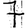
Digit: 7